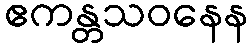
ဧကန္တသဝနေန